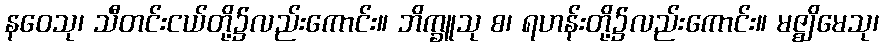
နဝေသု၊ သီတင်းငယ်တို့၌လည်းကောင်း။ ဘိက္ခူသု စ၊ ရဟန်းတို့၌လည်းကောင်း။ မဇ္ဈိမေသု၊